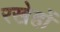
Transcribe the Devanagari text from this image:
रखेहों